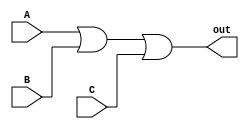
module OR_gate(
    input A,
    input B,
    input C,
    output out
);

assign out = A | B | C;

endmodule